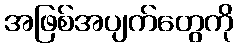
အဖြစ်အပျက်တွေကို